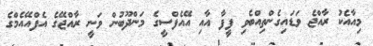
މިއާއެކު ރާއްޖެ ވަޑައިގެންތިއްބެވި ފީފާ އާއި އޭއެފްސީގެ މަންދޫބުން ވަނީ ރާއްޖޭގެ އެފްއޭއެމްގެ